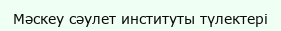
Мәскеу сәулет институты түлектері